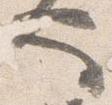
也